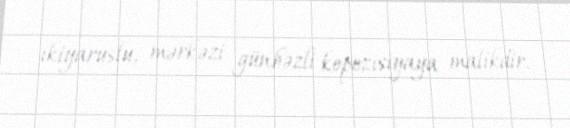
ikiyaruslu, mərkəzi günbəzli kopozisiyaya malikdir.